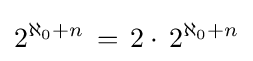
2^{\aleph _{0}+n}\,=\,2\cdot \,2^{\aleph _{0}+n}